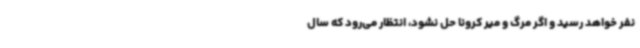
نفر خواهد رسید و اگر مرگ و میر کرونا حل نشود، انتظار می‌رود که سال